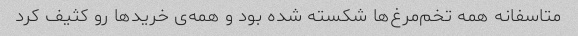
متاسفانه همه تخم‌مرغ‌ها شکسته شده بود و همه‌ی خرید‌ها رو کثیف کرد